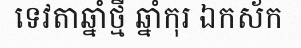
ទេវតាឆ្នាំថ្មី ឆ្នាំកុរ ឯកស័ក